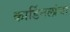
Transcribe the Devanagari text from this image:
कार्डिनलांचा